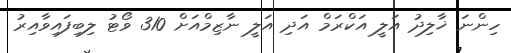
ހިންނަ ޚާލިދު އަލީ އަކްރަމް އަދި އަލީ ނާޒިމްއަށް 310 ވޯޓު ލިބިފައިވާއިރު